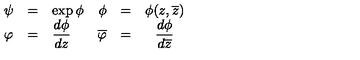
\begin{array} { l l l } { \psi } & { = } & { \exp { \phi } } \\ { \varphi } & { = } & { { \displaystyle \frac { d \phi } { d z } } } \\ \end{array} \begin{array} { r r c } { \phi } & { = } & { \phi ( z , \overline { { z } } ) } \\ { \overline { { \varphi } } } & { = } & { { \displaystyle \frac { d { \phi } } { d \overline { { z } } } } } \\ \end{array}